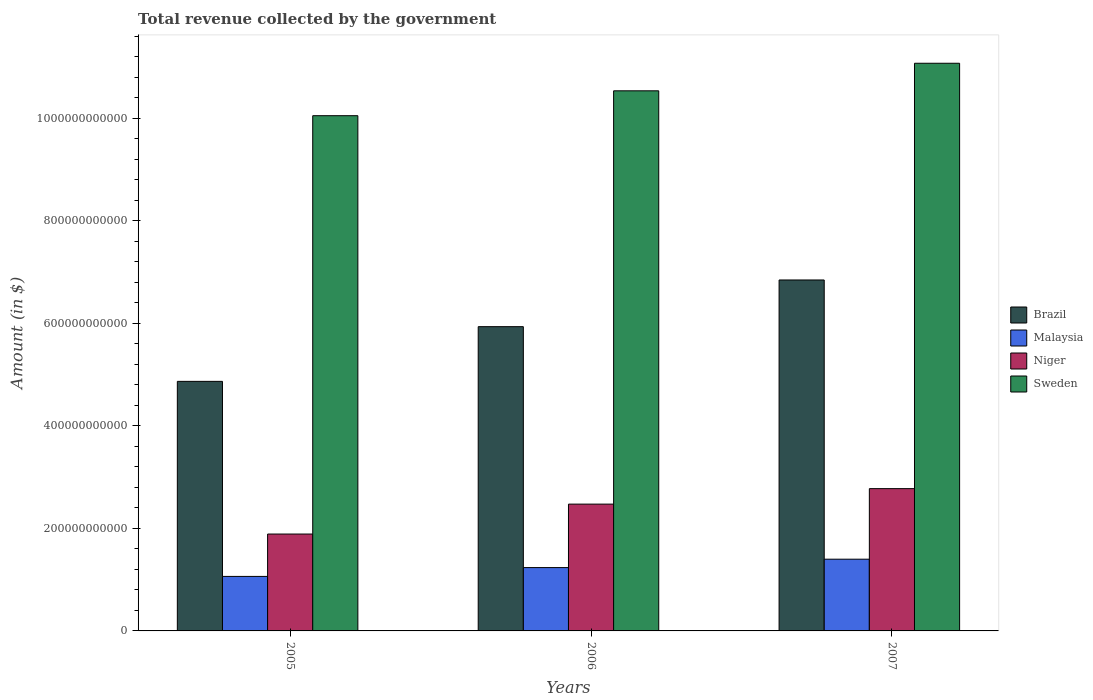
| Years | Brazil | Malaysia | Niger | Sweden |
 | --- | --- | --- | --- | --- |
 | 2005 | 4.87e+11 | 1.06e+11 | 1.89e+11 | 1e+12 |
 | 2006 | 5.93e+11 | 1.24e+11 | 2.47e+11 | 1.05e+12 |
 | 2007 | 6.85e+11 | 1.4e+11 | 2.78e+11 | 1.11e+12 |